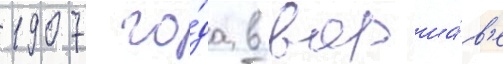
1907 го́да в варша́в'е